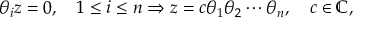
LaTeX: \theta _ { i } z = 0 , \quad 1 \leq i \leq n \Rightarrow z = c \theta _ { 1 } \theta _ { 2 } \cdots \theta _ { n } , \quad c \in \mathbb { C } ,